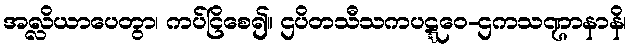
အလ္လိယာပေတွာ၊ ကပ်ငြိစေ၍။ ဌပိတသီသကပဋ္ဋဝေ-ဌကသဏ္ဌာနာနိ၊